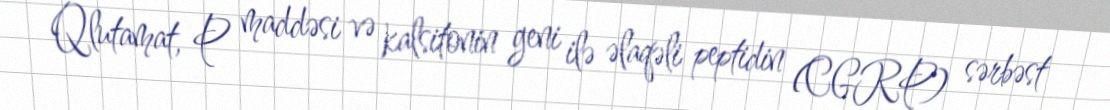
Qlutamat, P maddəsi və kalsitonin geni ilə əlaqəli peptidin (CGRP) sərbəst